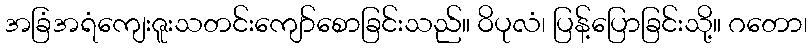
အခြံအရံကျေးဇူးသတင်းကျော်စောခြင်းသည်။ ဝိပုလံ၊ ပြန့်ပြောခြင်းသို့။ ဂတော၊